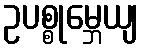
ဥပစ္စုမ္ဘေယျ